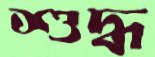
শুদ্ধ